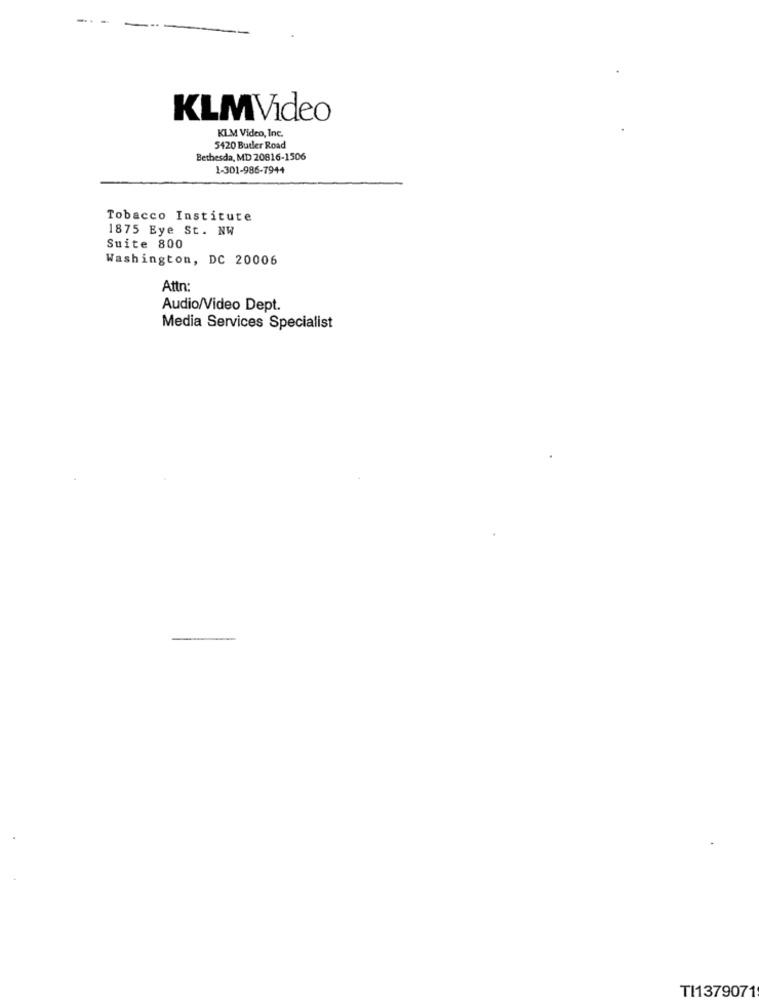
-
KLMVideo
KLM Video, Inc.
5420 Butler Road
Bethesda, MD 20816-1506
1-301-986-7944
Tobacco Institute
1875 Eye St. NW
Suite 800
Washington, DC 20006
Attn:
Audio/Video Dept.
Media Services Specialist
TI1379071